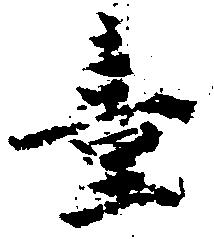
壱